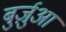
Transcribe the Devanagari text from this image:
बुर्ज़ुआ